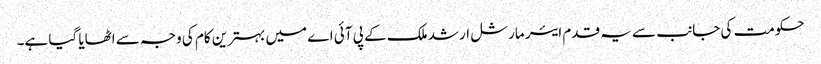
حکومت کی جانب سے یہ قدم ایئر مارشل ارشد ملک کے پی آئی اے میں بہترین کام کی وجہ سے اٹھایا گیا ہے۔